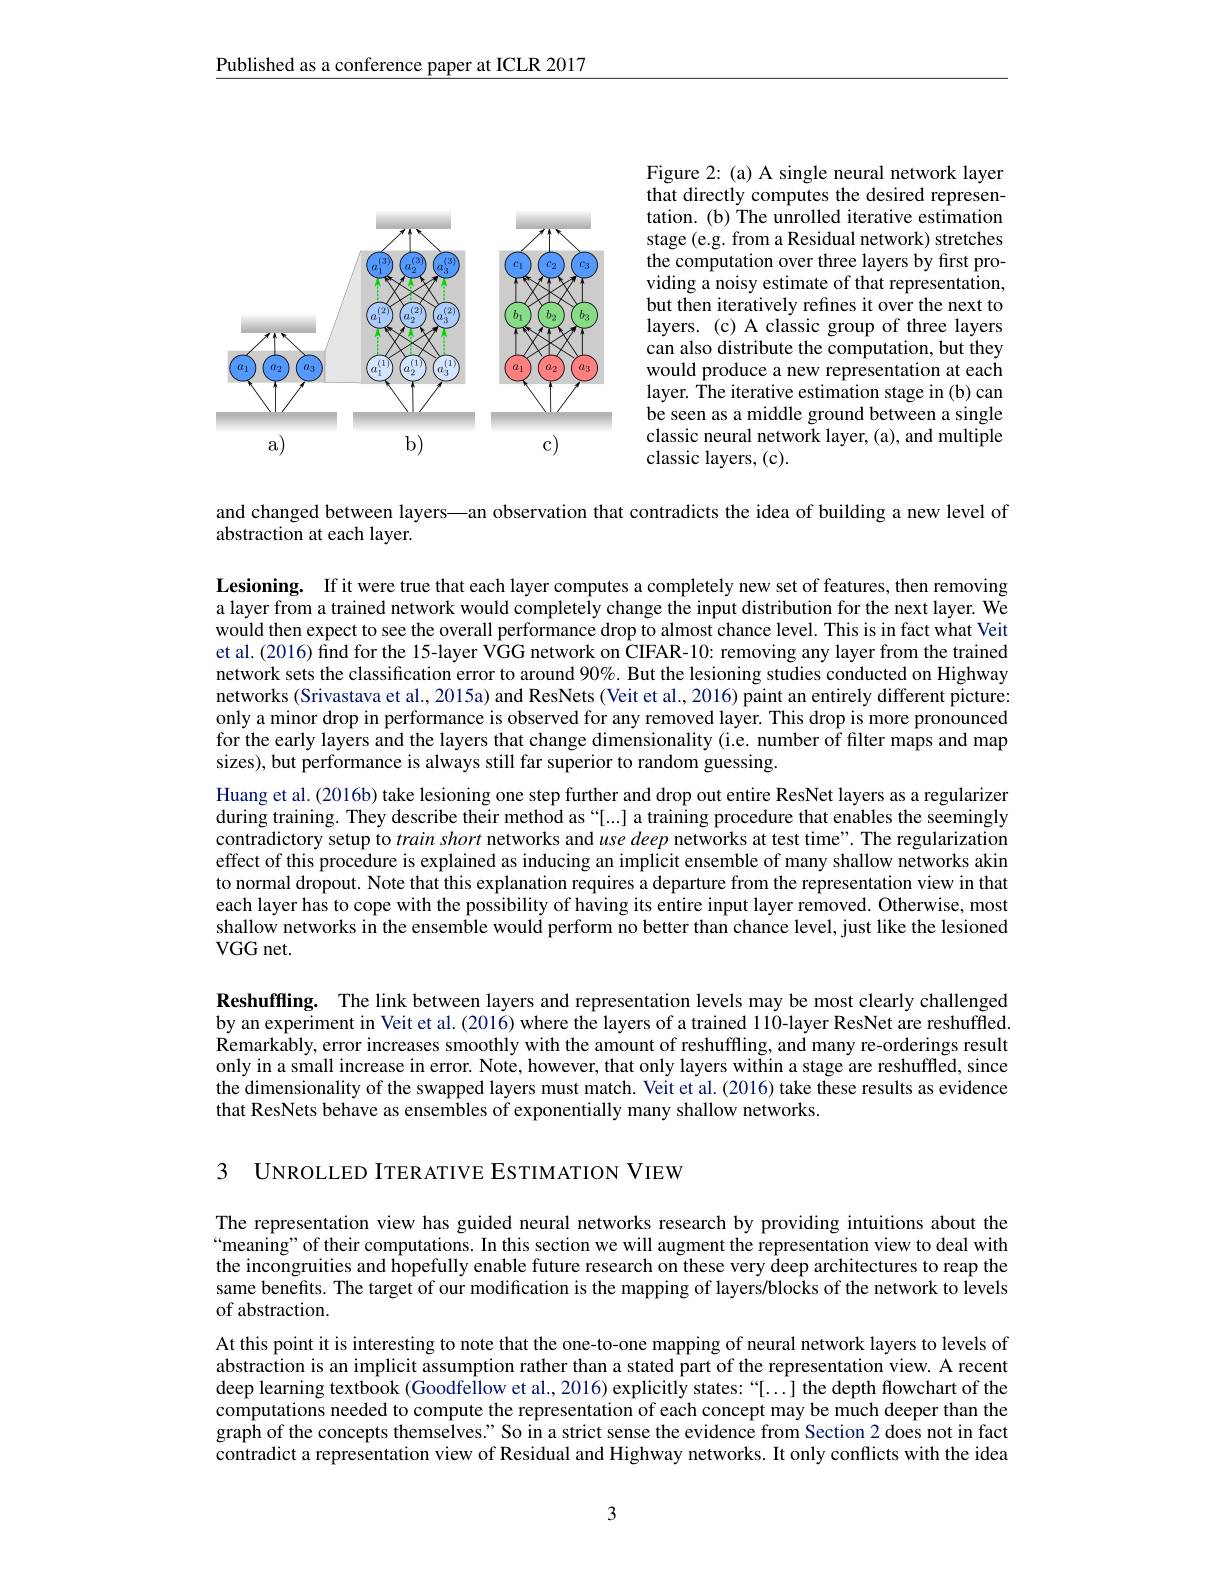
Published as a conference paper at ICLR 2017

Figure 2: (a) A single neural network layer that directly computes the desired representation. (b) The unrolled iterative estimation stage (e.g. from a Residual network) stretches the computation over three layers by first providing a noisy estimate of that representation, but then iteratively refines it over the next to layers. (c) A classic group of three layers can also distribute the computation, but they would produce a new representation at each layer. The iterative estimation stage in (b) can be seen as a middle ground between a single classic neural network layer, (a), and multiple classic layers, (c).

<FigureHere>

and changed between layers—an observation that contradicts the idea of building a new level of
abstraction at each layer.

Lesioning. If it were true that each layer computes a completely new set of features, then removing a layer from a trained network would completely change the input distribution for the next layer. We would then expect to see the overall performance drop to almost chance level. This is in fact what Veit et al. (2016) find for the 15-layer VGG network on CIFAR-10: removing any layer from the trained network sets the classification error to around $90\%$ But the lesioning studies conducted on Highway networks (Srivastava et al., 2015a) and ResNets (Veit et al., 2016) paint an entirely different picture: only a minor drop in performance is observed for any removed layer. This drop is more pronounced for the early layers and the layers that change dimensionality (i.e. number of filter maps and map sizes), but performance is always still far superior to random guessing.
Huang et al. (2016b) take lesioning one step further and drop out entire ResNet layers as a regularizer during training. They describe their method as“[...] a training procedure that enables the seemingly contradictory setup to train short networks and use deep networks at test time". The regularization effect of this procedure is explained as inducing an implicit ensemble of many shallow networks akin to normal dropout. Note that this explanation requires a departure from the representation view in that each layer has to cope with the possibility of having its entire input layer removed. Otherwise, most shallow networks in the ensemble would perform no better than chance level, just like the lesioned VGG net.

Reshuffling. The link between layers and representation levels may be most clearly challenged by an experiment in Veit et al. (2016) where the layers of a trained 110-layer ResNet are reshuffled. Remarkably, error increases smoothly with the amount of reshuffling, and many re-orderings result only in a small increase in error. Note, however, that only layers within a stage are reshuffled, since the dimensionality of the swapped layers must match. Veit et al. (2016) take these results as evidence that ResNets behave as ensembles of exponentially many shallow networks.

3 UNROLLED ITERATIVE ESTIMATION VIEW

The representation view has guided neural networks research by providing intuitions about the “meaning" of their computations. In this section we will augment the representation view to deal with the incongruities and hopefully enable future research on these very deep architectures to reap the same benefits. The target of our modification is the mapping of layers/blocks of the network to levels of abstraction.

At this point it is interesting to note that the one-to-one mapping of neural network layers to levels of abstraction is an implicit assumption rather than a stated part of the representation view. A recent deep learning textbook (Goodfellow et al., 2016) explicitly states: “[...] the depth flowchart of the computations needed to compute the representation of each concept may be much deeper than the graph of the concepts themselves." So in a strict sense the evidence from Section 2 does not in fact contradict a representation view of Residual and Highway networks. It only conflicts with the idea

3